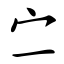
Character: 㝉